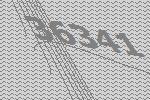
36341